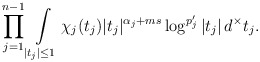
\begin{align*}\prod_{j=1}^{n-1}\int \limits _{|t_j|\leq 1}\chi_j(t_j)|t_j|^{\alpha_j+ms}\log^{p'_{j}}\left|t_{j}\right|d^\times t_j.\end{align*}